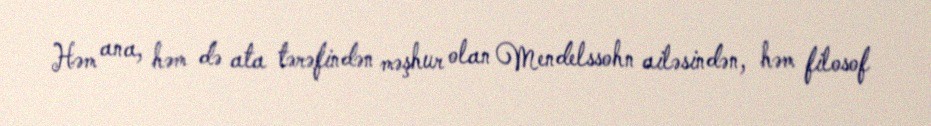
Həm ana, həm də ata tərəfindən məşhur olan Mendelssohn ailəsindən, həm filosof